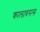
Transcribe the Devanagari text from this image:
कालाबसस